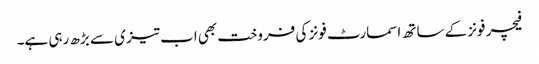
فیچر فونز کے ساتھ اسمارٹ فونز کی فروخت بھی اب تیزی سے بڑھ رہی ہے۔